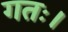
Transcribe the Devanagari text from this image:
गतः।